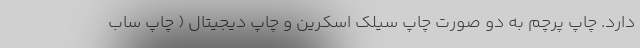
دارد. چاپ پرچم به دو صورت چاپ سیلک اسکرین و چاپ دیجیتال ( چاپ ساب